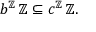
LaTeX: b ^ { \mathbb { Z } } \, \mathbb { Z } \subseteq c ^ { \mathbb { Z } } \, \mathbb { Z } .